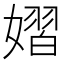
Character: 𪦞